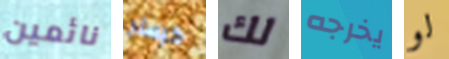
نائمين كيسلر لك يخرجه لو